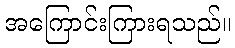
အကြောင်းကြားရသည်။